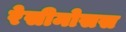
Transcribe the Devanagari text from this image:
रेसीमोसस